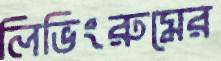
লিভিংরুমের